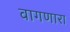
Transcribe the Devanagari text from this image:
वागणारा